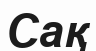
Сақ